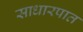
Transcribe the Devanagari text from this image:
साधारपात